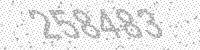
Solution: 258483